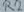
Text: R2